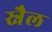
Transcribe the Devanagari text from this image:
स्नैल